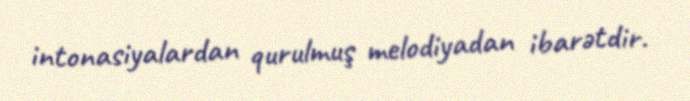
intonasiyalardan qurulmuş melodiyadan ibarətdir.